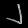
Digit: ၂